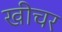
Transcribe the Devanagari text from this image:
खीचर